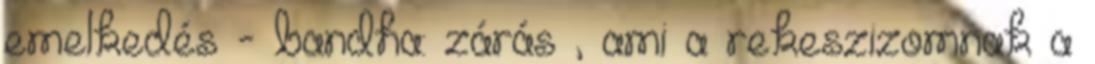
emelkedés - bandha: zárás , ami a rekeszizomnak a